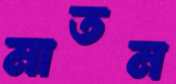
মাতন